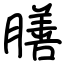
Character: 膳